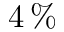
4 \, \%